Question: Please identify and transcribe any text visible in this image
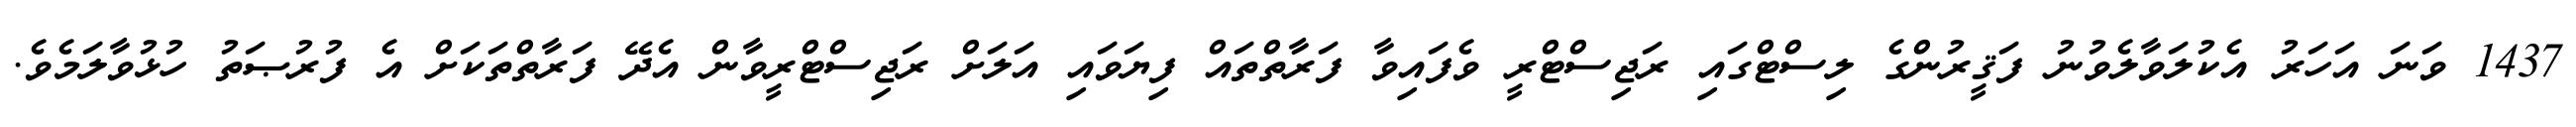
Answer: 1437 ވަނަ އަހަރު އެކުލަވާލެވުނު ފަޤީރުންގެ ލިސްޓްގައި ރަޖިސްޓްރީ ވެފައިވާ ފަރާތްތައް ފިޔަވައި އަލަށް ރަޖިސްޓްރީވާން އެދޭ ފަރާތްތަކަށް އެ ފުރުޞަތު ހުޅުވާލަމެވެ.